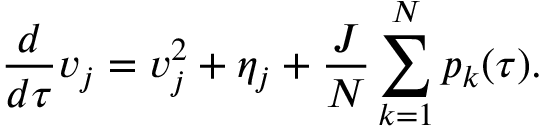
\frac { d } { d \tau } v _ { j } = v _ { j } ^ { 2 } + \eta _ { j } + \frac { J } { N } \sum _ { k = 1 } ^ { N } p _ { k } ( \tau ) .